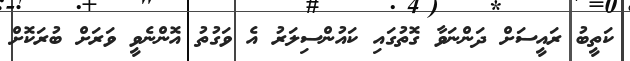
ކަތީބު ރައީސަށް ދަންނަވާ ގޮތުގައި ކައުންސިލަރު އެ ވަގުތު އޮންނެވީ ވަރަށް ބުރަކޮށް